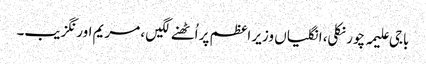
باجی علیمہ چور نکلی، انگلیاں وزیر اعظم پر اُٹھنے لگیں ، مریم اورنگزیب۔